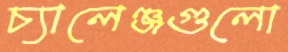
চ্যালেঞ্জগুলো